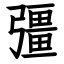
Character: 彊